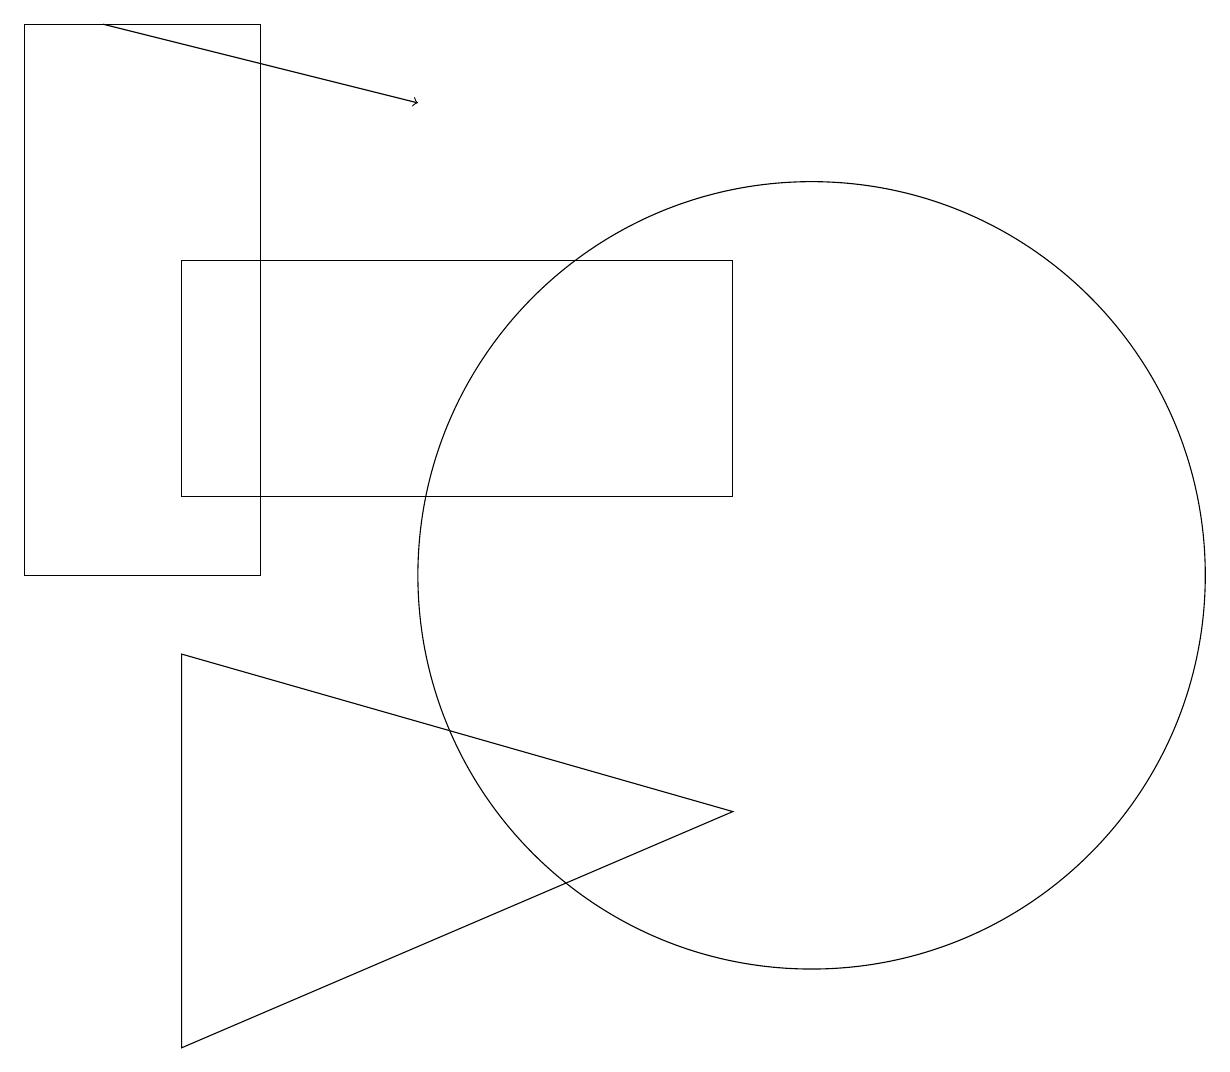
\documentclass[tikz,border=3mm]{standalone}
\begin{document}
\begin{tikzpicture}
\draw (9,7) -- (2,4) -- (2,9) -- cycle;
\draw (3,17) rectangle (0,10);
\draw (10,10) circle (5);
\draw[->] (1,17) -- (5,16);
\draw (9,11) rectangle (2,14);
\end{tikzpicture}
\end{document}